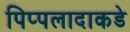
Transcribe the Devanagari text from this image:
पिप्पलादाकडे